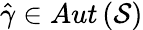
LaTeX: \hat{\gamma}\in Aut\left(\mathcal{S}\right)